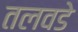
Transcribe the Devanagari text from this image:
तलवडे